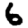
Digit: 6